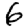
Digit: 6